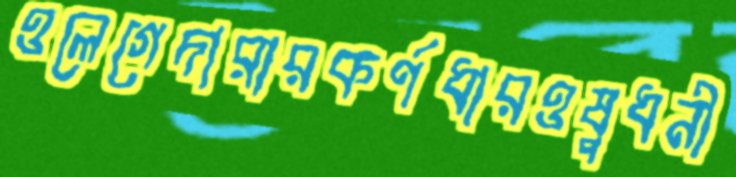
ওলেগেদারারকর্ণধারওষুধনী